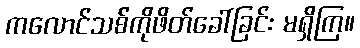
ကလောင်သစ်ကိုဖိတ်ခေါ်ခြင်း မရှိကြ။